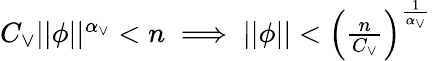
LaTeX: \begin{array}{r}{C_{\vee}\vert\vert\phi\vert\vert^{\alpha_{\vee}}<n\implies\vert\vert\phi\vert\vert<\left(\frac{n}{C_{\vee}}\right)^{\frac{1}{\alpha_{\vee}}}}\end{array}